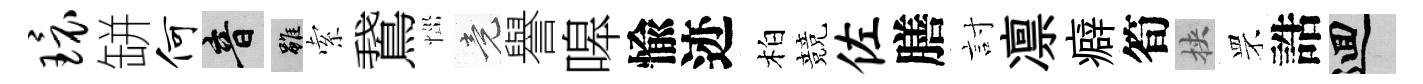
环缾何音雖索鵞𢙉竟譽嗥愉迹柏競佐膳討凛癖筍挾罘誥回